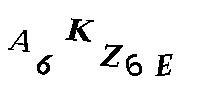
A6KZ6E